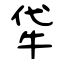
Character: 牮